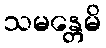
သမန္တေမိ